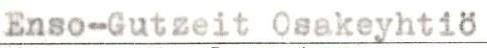
Enso-Gutzeit Osakeyhtiö